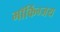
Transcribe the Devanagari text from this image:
मॉकिंग्जय